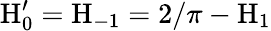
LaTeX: \mathrm{H}_{0}^{\prime}=\mathrm{H}_{-1}=2/\pi-\mathrm{H}_{1}